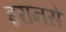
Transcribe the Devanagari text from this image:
इरानसे